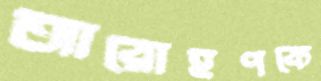
আরোহণকে